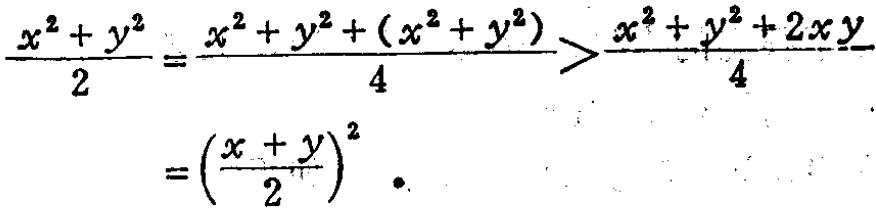
\[\frac{x^{2}+y^{2}}{2}=\frac{x^{2}+y^{2}+(x^{2}+y^{2})}{4}>\frac{x^{2}+y^{2}+2xy}{4}=\left(\frac{x + y}{2}\right)^{2}.\]